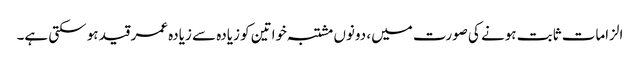
الزامات ثابت ہونے کی صورت میں، دونوں مشتبہ خواتین کو زیادہ سے زیادہ عمر قید ہو سکتی ہے۔